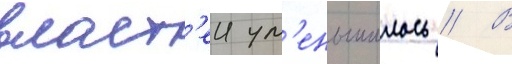
власт'еи ум'еньшилось // В